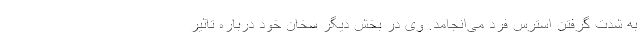
به شدت گرفتن استرس فرد می‌انجامد. وی در بخش دیگر سخان خود درباره تاثیر